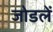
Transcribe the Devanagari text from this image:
जोडलें